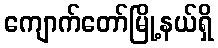
ကျောက်တော်မြို့နယ်ရှိ